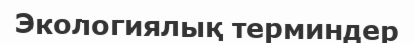
Экологиялық терминдер